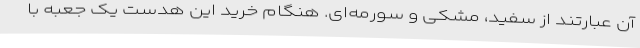
آن عبارتند از سفید، مشکی و سورمه‌ای. هنگام خرید این هدست یک جعبه با